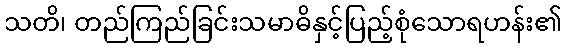
သတိ၊ တည်ကြည်ခြင်းသမာဓိနှင့်ပြည့်စုံသောရဟန်း၏